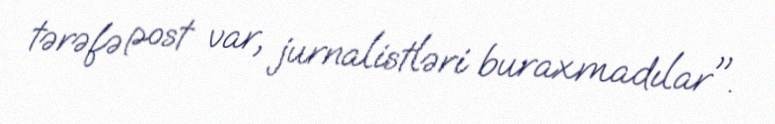
tərəfə post var, jurnalistləri buraxmadılar".